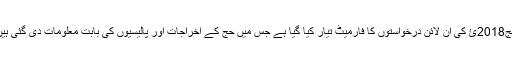
حج2018ئ کی آن لائن درخواستوں کا فارمیٹ تیار کیا گیا ہے جس میں حج کے اخراجات اور پالیسیوں کی بابت معلومات دی گئی ہیں۔